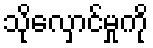
သိုလှောင်မှုကို